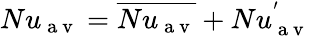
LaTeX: Nu_{\mathrm{~a~v~}}=\overline{{Nu_{\mathrm{~a~v~}}}}+Nu_{\mathrm{~a~v~}}^{'}